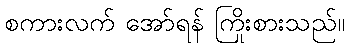
စကားလက် အော်ရန် ကြိုးစားသည်။